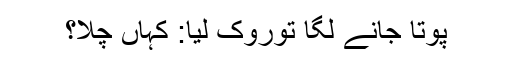
پوتا جانے لگا توروک لیا: کہاں چلا؟